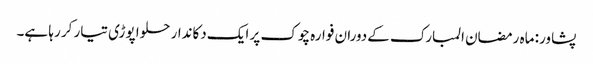
پشاور: ماہ رمضان المبارک کےدوران فوارہ چوک پر ایک دکاندار حلوا پوڑی تیار کر رہا ہے۔